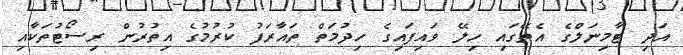
އަދި ޓާމިނަލްގެ އެތޭގައި ހިލޭ ވައިފައިގެ ހިދުމަތް ތައާރަފު ކުރުމުގެ އިތުރުން ރިސޯޓުތަކާއި